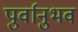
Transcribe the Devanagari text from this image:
पुर्वानुभव